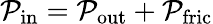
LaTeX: \mathcal{P}_{\mathrm{{in}}}=\mathcal{P}_{\mathrm{{out}}}+\mathcal{P}_{\mathrm{{fric}}}